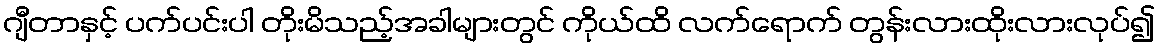
ဂျီတာနှင့် ပက်ပင်းပါ တိုးမိသည့်အခါများတွင် ကိုယ်ထိ လက်ရောက် တွန်းလားထိုးလားလုပ်၍